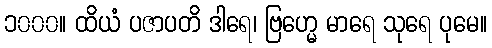
၁၀၀၀။ ထိယံ ပဇာပတိ ဒါရေ၊ ဗြဟ္မေ မာရေ သုရေ ပုမေ။